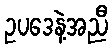
ဥပဒေနဲ့အညီ